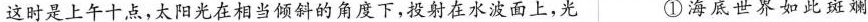
这时是上午十点，太阳光在相当倾斜的角度下，投射在水波面上，光 ①海底世界如此斑斓